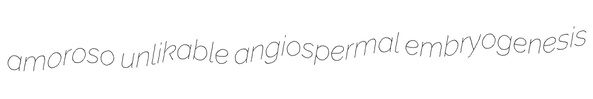
amoroso unlikable angiospermal embryogenesis